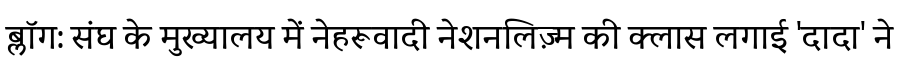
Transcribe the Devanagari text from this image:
ब्लॉग: संघ के मुख्यालय में नेहरूवादी नेशनलिज़्म की क्लास लगाई 'दादा' ने